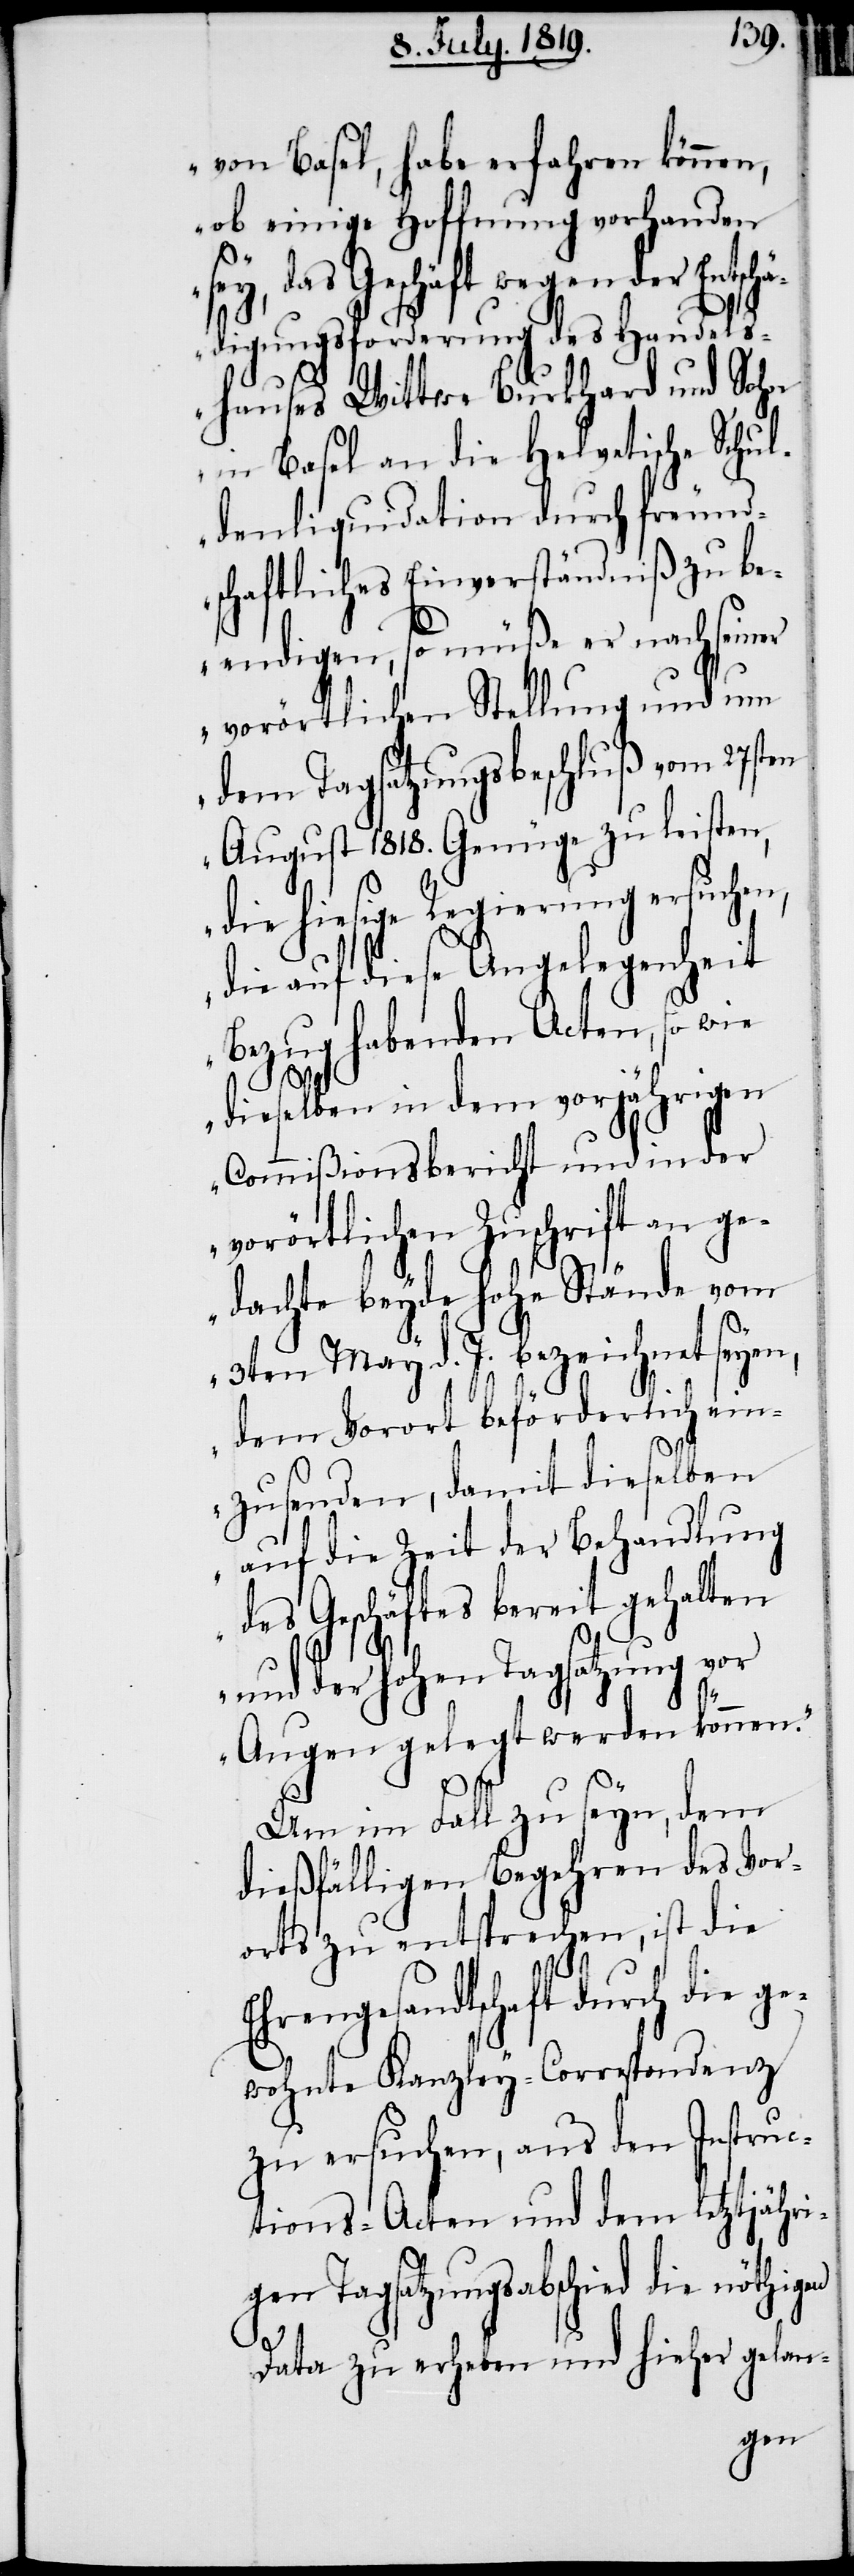
von Basel, habe erfahren können,
ob einige Hoffnung vorhanden
ey, das Geschäft wegen der Entsc¬
hädigungsforderung des Handels¬
hauses Wittwe Burkhard und Sohn
in Basel an die Helvetische Schul¬
denliquidation durch freund¬
schaftliches Einverständniß zu be¬
endigen, so müße er nach seiner
vorörtlichen Stellung und um
dem Tagsatzungsbeschluß vom 27sten
August 1818. Genüge zu leisten,
die hiesige Regierung ersuchen,
die auf diese Angelegenheit
Bezug habenden Acten, so wie
dieselben in dem vorjährigen
Commißionsbericht und in der
vorörtlichen Zuschrift an ge¬
dachte beyde hohe Stände vom
3ten May d. J. bezeichnet seyen,
dem Vorort beförderlich ein¬
zusenden, damit dieselben
auf die Zeit der Behandlung
des Geschäftes bereit gehalten
s¬
und der hohen Tagsatzung vor
Augen gelegt werde können.“
Um im Fall zu seyn, dem
dießfälligen Begehren des Vor¬
orts zu entsprechen, ist die
Ehrengesandtschaft durch die ge¬
wohnte Kanzley-Correspondenz
zu ersuchen, aus den Instruc¬
tions-Acten und dem letztjähri¬
gen Tagsatzungsabschied die nöthigen
Data zu erheben und hieher gelan-